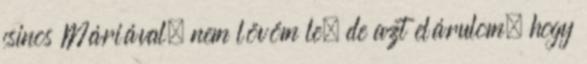
csinos Máriával, nem lövöm le, de azt elárulom, hogy